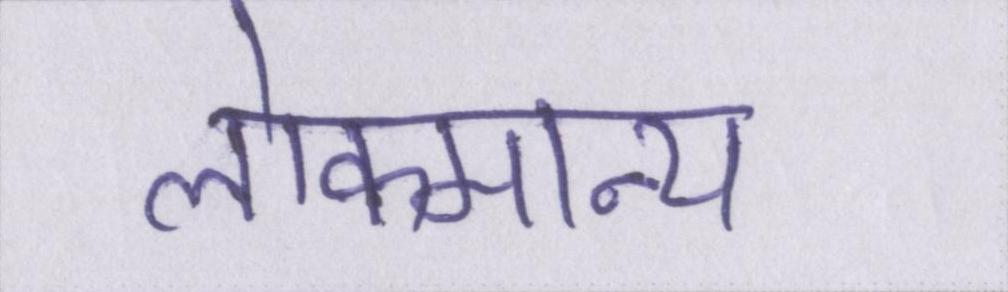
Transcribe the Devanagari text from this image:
लोकमान्य